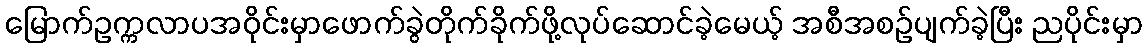
မြောက်ဥက္ကလာပအဝိုင်းမှာဖောက်ခွဲတိုက်ခိုက်ဖို့လုပ်ဆောင်ခဲ့မေယ့် အစီအစဥ်ပျက်ခဲ့ပြီး ညပိုင်းမှာ